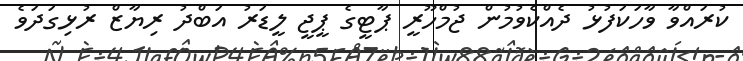
ކުރައްވާ ވާހަކަފުޅު ދެއްކެވުމުން ޖުމްހޫރީ ޕާޓީގެ ޕީޖީ ލީޑަރު އަބްދު ރިޔާޒް ރުޅިގަދަވެ